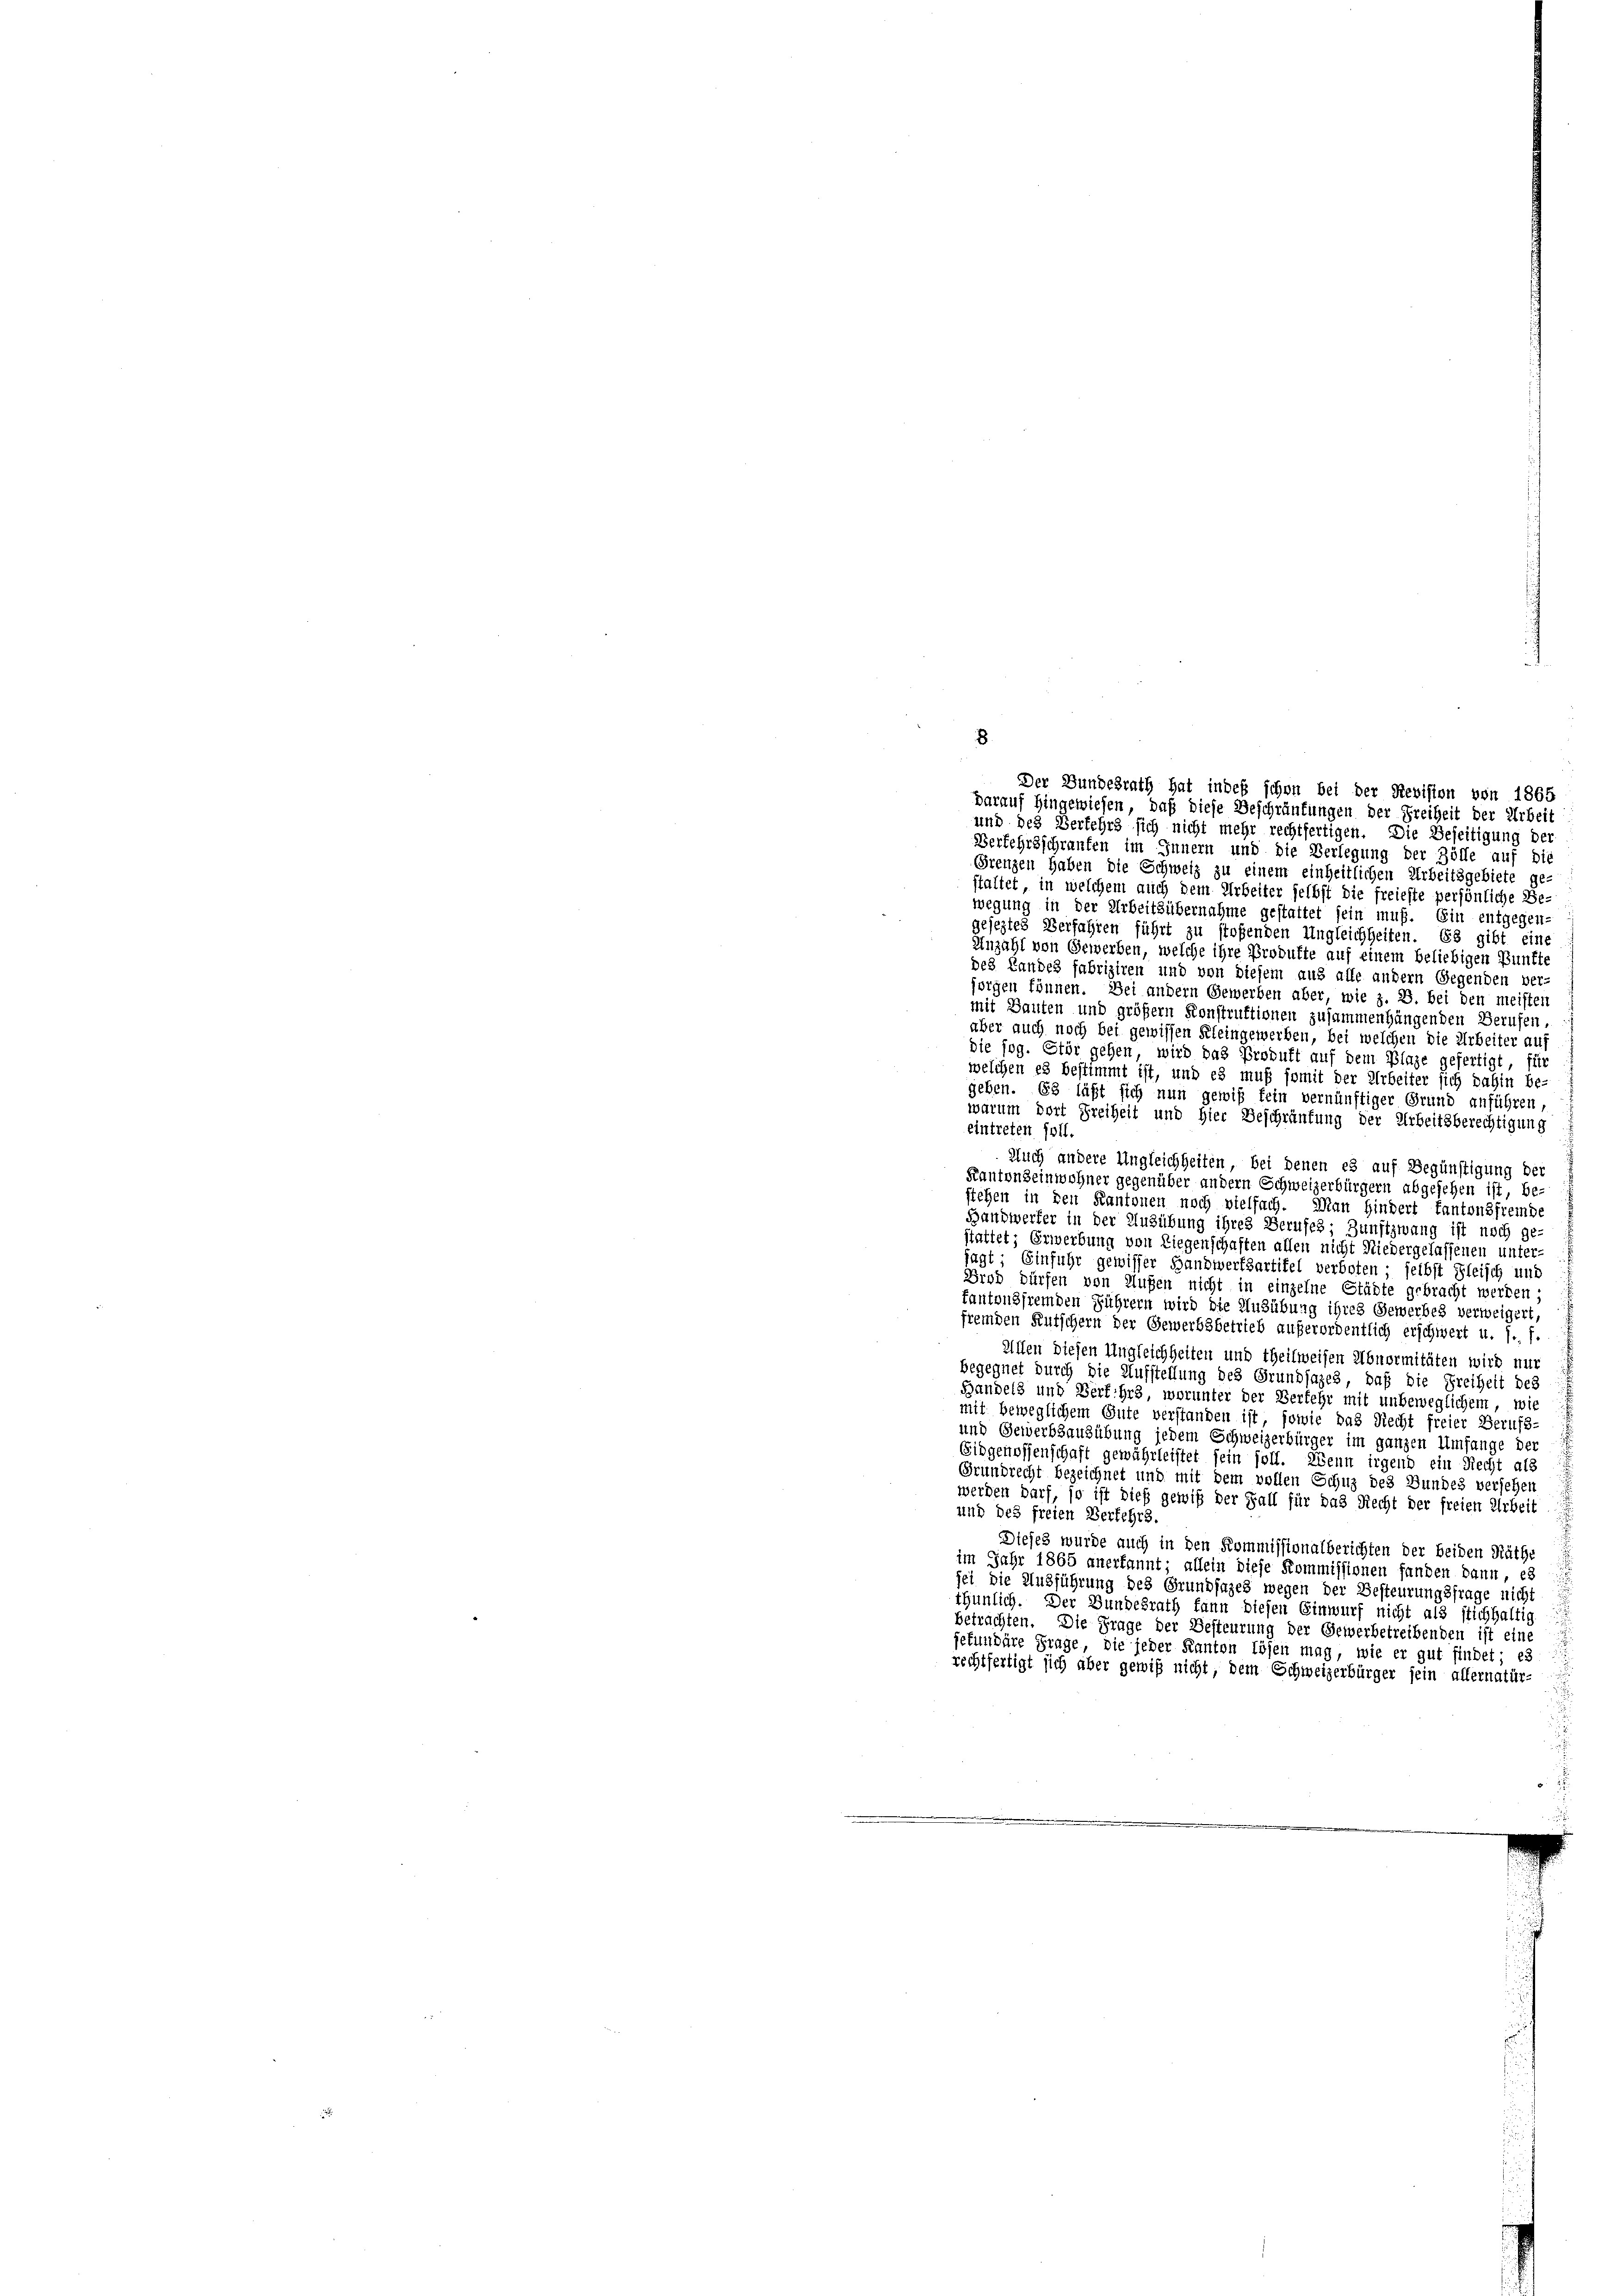
Der Bundesrath hat indes schon bei der Revision von 1865

8
darauf hingewiesen, daß diese Beschränkungen der Freiheit der Arbeit
und des Verkehrs sich nicht mehr rechtfertigen. Die Beseitigung der
Verkehrsschranken im Innern und die Verlegung der Zölle auf die
Grenzen haben die Schweiz zu einem einheitlichen Arbeitsgebiete ge-
staltet, in welchem auch dem Urbeiter selbst die freieste persönliche Be-
wegung in der Arbeitsübernahme gestattet sein muß. Ein entgegen-
geseztes Verfahren führt zu stoßenden Ungleichheiten. Es gibt eine
Anzahl von Gewerben, welche ihre Produkte auf einem beliebigen Bünfte
des Landes fabriziren und von diesem aus alle andern Gegenden ver-
sorgen können. Bei andern Gewerben aber, wie z. B. bei den meisten
mit Bauten und größern Konstruktionen zusammenhängenden Berufen,
aber auch noch bei gewissen Kleingewerben, bei welchen die Arbeiter auf
die sog. Stär gehen, wird das Produft auf dem Plage gefertigt für
welchen es bestimmt ist, und es muß somit der Arbeiter sich dahin be-
geben. Es läßt sich nun gewiß fein vernünftiger Grund anführen,
warum dort Freiheit und hier Beschräufung der Arbeitsberechtigung
eintreten soll.
Auch andere Ungleichheiten, bei denen es auf Begünstigung der
Kantonseinwohner gegenüber andern Schweizerbürgern abgesehen ist, be-
stehen in den Kantonen noch vielfach. Man hindert kantonsfremde
Handwerfer in der Ausübung ihres Berufes Zunftzwang ist noch ge-
stattet; Erwerbung von Liegenschaften allen nicht Niedergelassenen unter-
sagt: Einfuhr gewisser Handwerksartifel verboten; selbst Fleisch und
Frod dürfen von Aufen nicht in einzelne Städte gebracht werden;
kantonsfremden Führern wird die Ausübung ihres Gewerbes verweigert,
fremden Kutschern der Gewerbsbetrieb außerordentlich erschwert u. s. f.
Allen diesen Ungleichheiten und theilweisen Abnormitäten wird nur
begegnet durch die Aufstellung des Grundsazes, daß die Freiheit des
Bandels und Verfahrs, worunter der Verkehr mit unbeweglichem, wie
mit beweglichem Gute verstanden ist, sowie das Recht freier Berufs-
und Gewerbsausübung jedem Schweizerbürger im ganzen Umfange der
Eidgenossenschaft gewährleistet sein soll. Wenn irgend ein Recht als
Grundrecht bezeichnet und mit dem vollen Schuz des Bundes versehen
werden darf, so ist dieß gewiß der Fall für das Recht der freien Arbeit
und des freien Verkehrs.
Dieses wurde auch in den Kommissionalberichten der beiden Räthe
im Jahr 1865 anerkannt; allein diese Kommissionen fanden dann, es
sei die Ausführung des Grundsazes wegen der Besteurungsfrage nicht
thunlich. Der Bundesrath kann diesen Einwurf nicht als stichhaltig
betrachten. Die Frage der Besteurung der Gewerbetreibenden ist eine
jefundare Frage, die jeder Kanton Lösen mag, wie er gut findet; es
rechtfertigt sich aber gewiß nicht, dem Schweizerbürger sein allernatür-